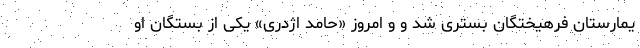
یمارستان فرهیختگان بستری شد و و امروز «حامد اژدری» یکی از بستگان او